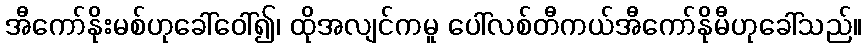
အီကော်နိုးမစ်ဟုခေါ်ဝေါ်၍၊ ထိုအလျင်ကမူ ပေါ်လစ်တီကယ်အီကော်နိုမီဟုခေါ်သည်။